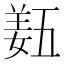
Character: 𡟿